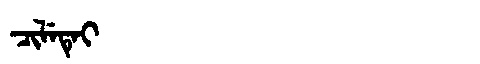
Manchu: ᠴᡳᠯᡝᡨᡝᡳ
Romanization: CILETEI